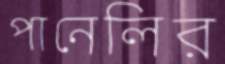
পানেলির